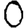
Digit: 0